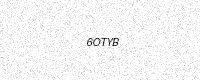
Text: 6OTYB